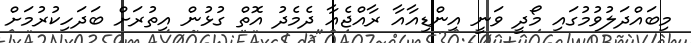
މިބައްދަލުވުމުގައި މޯދީ ވަނީ އިންޑިއާއާ ރާއްޖެއާ ދެމެދު އޮތް ގުޅުން އިތުރަށް ބަދަހިކުރުމަށް